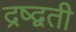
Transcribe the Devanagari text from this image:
द्रष्द्वती